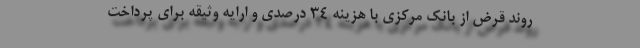
روند قرض از بانک مرکزی با هزینه 34 درصدی و ارایه وثیقه برای پرداخت